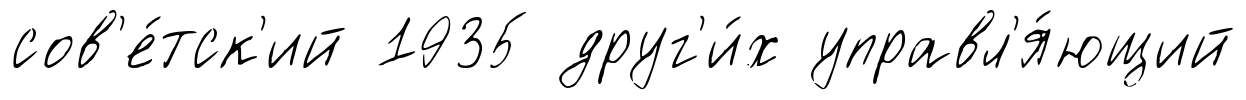
сов'е́тск'ий 1935 друг'и́х управл'я́ющий